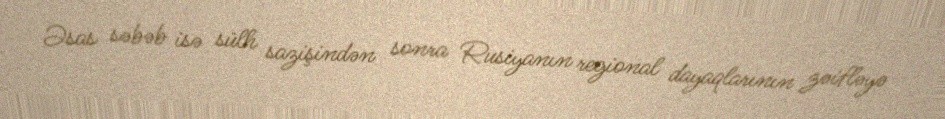
Əsas səbəb isə sülh sazişindən sonra Rusiyanın regional dayaqlarının zəifləyə